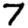
Digit: 7